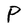
Character: P